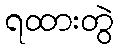
ရထားတွဲ